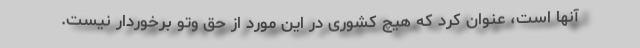
آنها است، عنوان کرد که هیچ کشوری در این مورد از حق وتو برخوردار نیست.